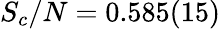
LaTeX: S_{c}/N=0.585(15)